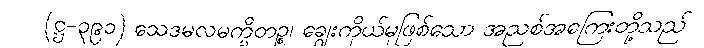
(ဋ္ဌ-၃၉၁) သေဒမလမက္ခိတဉ္စ၊ ချွေးကိုယ်မှဖြစ်သော အညစ်အကြေးတို့သည်